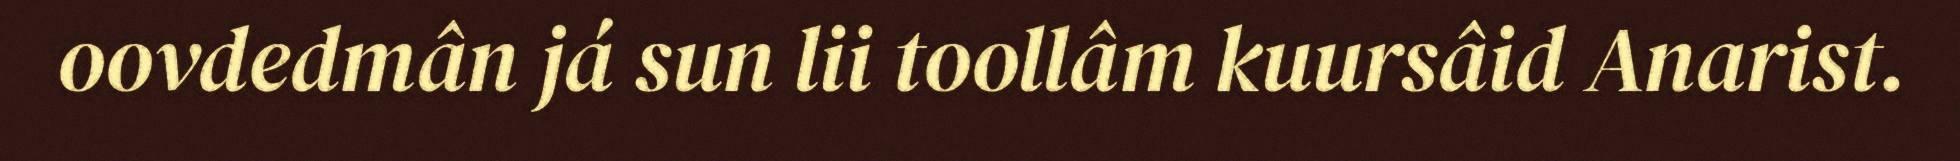
oovdedmân já sun lii toollâm kuursâid Anarist.